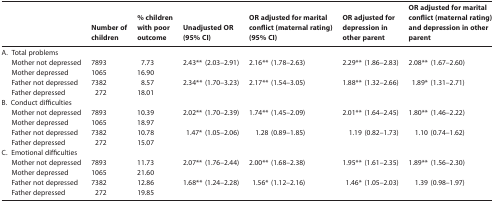
<table><thead><tr><td></td><td><b>Number of children</b></td><td><b>% children with poor outcome</b></td><td><b>Unadjusted OR (95% CI)</b></td><td><b>OR adjusted for marital conflict (maternal rating) (95% CI)</b></td><td><b>OR adjusted for depression in other parent</b></td><td><b>OR adjusted for marital conflict (maternal rating) and depression in other parent</b></td></tr></thead><tbody><tr><td>A. Total problems</td><td></td><td></td><td></td><td></td><td></td><td></td></tr><tr><td> Mother not depressed</td><td>7893</td><td>7.73</td><td rowspan="2">2.43** (2.03–2.91)</td><td rowspan="2">2.16** (1.78–2.63)</td><td rowspan="2">2.29** (1.86–2.83)</td><td rowspan="2">2.08** (1.67–2.60)</td></tr><tr><td> Mother depressed</td><td>1065</td><td>16.90</td></tr><tr><td> Father not depressed</td><td>7382</td><td>8.57</td><td rowspan="2">2.34** (1.70–3.23)</td><td rowspan="2">2.17** (1.54–3.05)</td><td rowspan="2">1.88** (1.32–2.66)</td><td rowspan="2">1.89* (1.31–2.71)</td></tr><tr><td> Father depressed</td><td>272</td><td>18.01</td></tr><tr><td>B. Conduct difficulties</td><td></td><td></td><td></td><td></td><td></td><td></td></tr><tr><td> Mother not depressed</td><td>7893</td><td>10.39</td><td rowspan="2">2.02** (1.70–2.39)</td><td rowspan="2">1.74** (1.45–2.09)</td><td rowspan="2">2.01** (1.64–2.45)</td><td rowspan="2">1.80** (1.46–2.22)</td></tr><tr><td> Mother depressed</td><td>1065</td><td>18.97</td></tr><tr><td> Father not depressed</td><td>7382</td><td>10.78</td><td rowspan="2">1.47* (1.05–2.06)</td><td rowspan="2">1.28 (0.89–1.85)</td><td rowspan="2">1.19 (0.82–1.73)</td><td rowspan="2">1.10 (0.74–1.62)</td></tr><tr><td> Father depressed</td><td>272</td><td>15.07</td></tr><tr><td>C. Emotional difficulties</td><td></td><td></td><td></td><td></td><td></td><td></td></tr><tr><td> Mother not depressed</td><td>7893</td><td>11.73</td><td rowspan="2">2.07** (1.76–2.44)</td><td rowspan="2">2.00** (1.68–2.38)</td><td rowspan="2">1.95** (1.61–2.35)</td><td rowspan="2">1.89** (1.56–2.30)</td></tr><tr><td> Mother depressed</td><td>1065</td><td>21.60</td></tr><tr><td> Father not depressed</td><td>7382</td><td>12.86</td><td rowspan="2">1.68** (1.24–2.28)</td><td rowspan="2">1.56* (1.12–2.16)</td><td rowspan="2">1.46* (1.05–2.03)</td><td rowspan="2">1.39 (0.98–1.97)</td></tr><tr><td> Father depressed</td><td>272</td><td>19.85</td></tr></tbody></table>